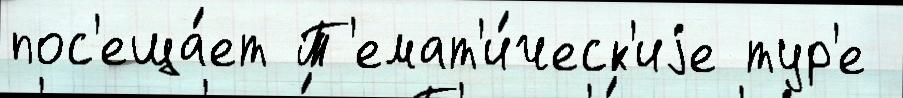
пос'еща́ет Т'емат'и́ческ'иjе тур'е